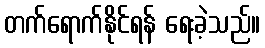
တက်ရောက်နိုင်ရန် ရေးခဲ့သည်။